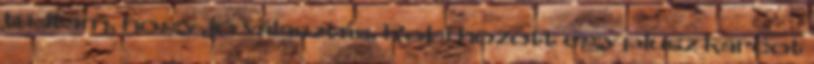
tudtam, hogy jó választás. Robi hozott egy plusz karcot